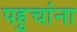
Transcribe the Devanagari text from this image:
पहुचांना